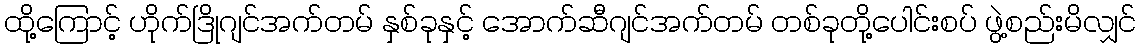
ထို့ကြောင့် ဟိုက်ဒြိုဂျင်အက်တမ် နှစ်ခုနှင့် အောက်ဆီဂျင်အက်တမ် တစ်ခုတို့ပေါင်းစပ် ဖွဲ့စည်းမိလျှင်